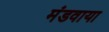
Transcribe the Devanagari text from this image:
मंडवाया